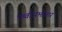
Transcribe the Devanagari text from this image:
पृथ्वीसभोवार